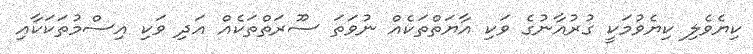
ކިޔެވެލި ކިޔެވުމަކީ ގުރުއާނުގެ ވަކި އާޔަތްތަކެއް ނުވަތަ ސޫރަތްތަކެއް އަދި ވަކި އިސްމުތަކަކާއި